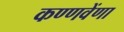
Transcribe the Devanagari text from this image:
कण्णवेंणा